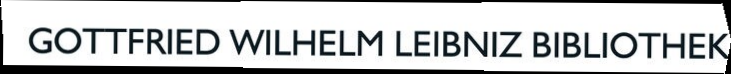
GOTTFRIED WILHELM LEIBNIZ BIBLIOTHEK